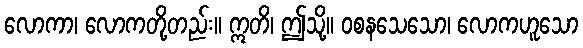
လောကာ၊ လောကတို့တည်း။ ဣတိ၊ ဤသို့။ ဝစနသေသော၊ လောကဟူသော